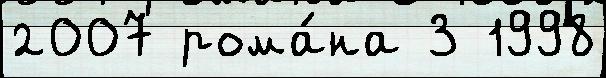
2007 рома́на 3 1998